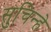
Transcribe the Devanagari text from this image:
सुचिन्हे